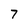
Character: 7